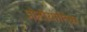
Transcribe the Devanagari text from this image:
प्रोटीयोमिक